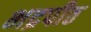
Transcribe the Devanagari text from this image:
भद्रपीठ